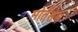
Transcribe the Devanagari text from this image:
मोर्तेंसेन